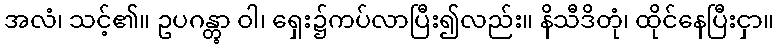
အလံ၊ သင့်၏။ ဥပဂန္တွာ ဝါ၊ ရှေး၌ကပ်လာပြီး၍လည်း။ နိသီဒိတုံ၊ ထိုင်နေပြီးငှာ။